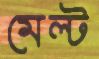
মেল্ট